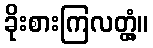
ခိုးစားကြလတ္တံ့။